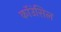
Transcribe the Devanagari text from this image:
कॉउंसिल